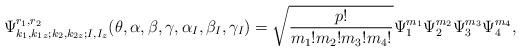
LaTeX: \begin{align*}\Psi^{r_1, r_2}_{k_1, k_{1 z}; k_2, k_{2 z}; I, I_z}(\theta,\alpha, \beta, \gamma, \alpha_I, \beta_I, \gamma_I) = \sqrt{\frac{p !}{m_1 ! m_2 ! m_3 ! m_4 !}} \Psi_1^{m_1} \Psi_2^{m_2}\Psi_3^{m_3} \Psi_4^{m_4},\end{align*}